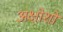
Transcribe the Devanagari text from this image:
अक्षोशों